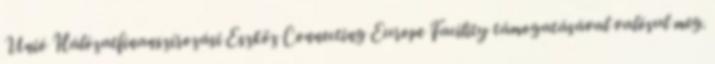
Unió Hálózatfinanszírozási Eszköz Connecting Europe Facility támogatásával valósul meg.